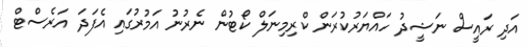
އަދި ރައީސް ނަޝީދު ހައްޔަރުކުރަން ކްރިމިނަލް ކޯޓުން ނެރުނު އަމުރުގައި އެފަދަ އަރެސްޓް